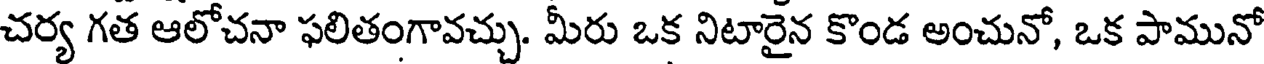
చర్య గత ఆలోచనా ఫలితంగావచ్చు. మీరు ఒక నిటారైన కొండ అంచునో, ఒక పామునో